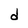
Character: d